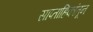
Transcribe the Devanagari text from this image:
साप्ताहिकांतून